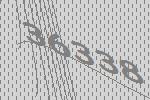
36338